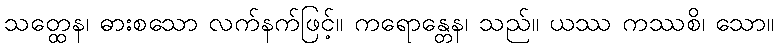
သတ္ထေန၊ ဓားစသော လက်နက်ဖြင့်။ ကရောန္တေန၊ သည်။ ယဿ ကဿစိ၊ သော။